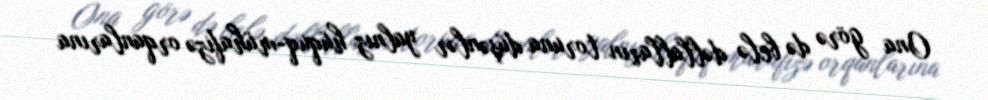
Ona görə də belə dəllalların toruna düşənlər yalnız hüquq-mühafizə orqanlarına